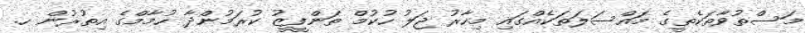
މަސްތުވާތަކެތީގެ މައްސަލަތަކެއްގައި މިހާރު ޖަލު ހުކުމް ތަންފީޒު ކުރަމުންދާ ހުމާމްގެ އިތުރުން ހ.